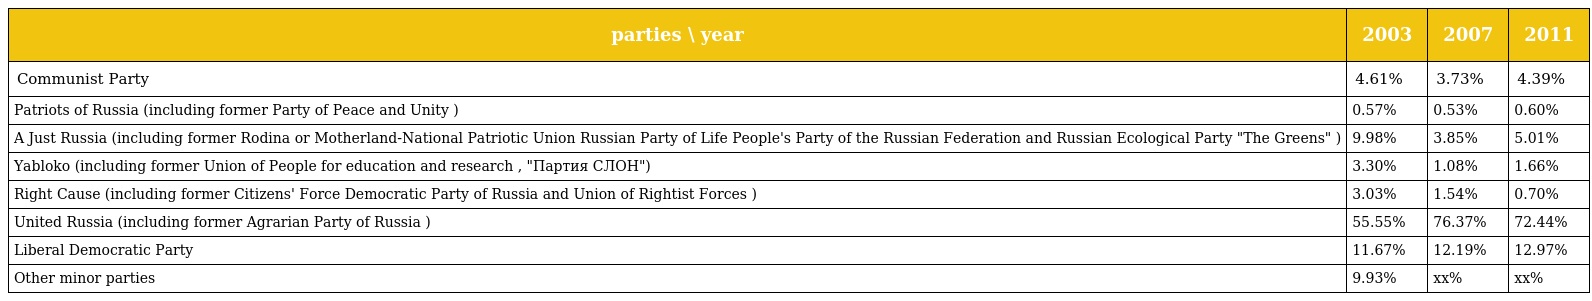
| parties \ year | 2003 | 2007 | 2011 |
 | --- | --- | --- | --- |
 | Communist Party | 4.61% | 3.73% | 4.39% |
 | Patriots of Russia (including former Party of Peace and Unity ) | 0.57% | 0.53% | 0.60% |
 | A Just Russia (including former Rodina or Motherland-National Patriotic Union Russian Party of Life People's Party of the Russian Federation and Russian Ecological Party "The Greens" ) | 9.98% | 3.85% | 5.01% |
 | Yabloko (including former Union of People for education and research , "Партия СЛОН") | 3.30% | 1.08% | 1.66% |
 | Right Cause (including former Citizens' Force Democratic Party of Russia and Union of Rightist Forces ) | 3.03% | 1.54% | 0.70% |
 | United Russia (including former Agrarian Party of Russia ) | 55.55% | 76.37% | 72.44% |
 | Liberal Democratic Party | 11.67% | 12.19% | 12.97% |
 | Other minor parties | 9.93% | xx% | xx% |